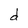
Character: d